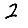
Digit: 2